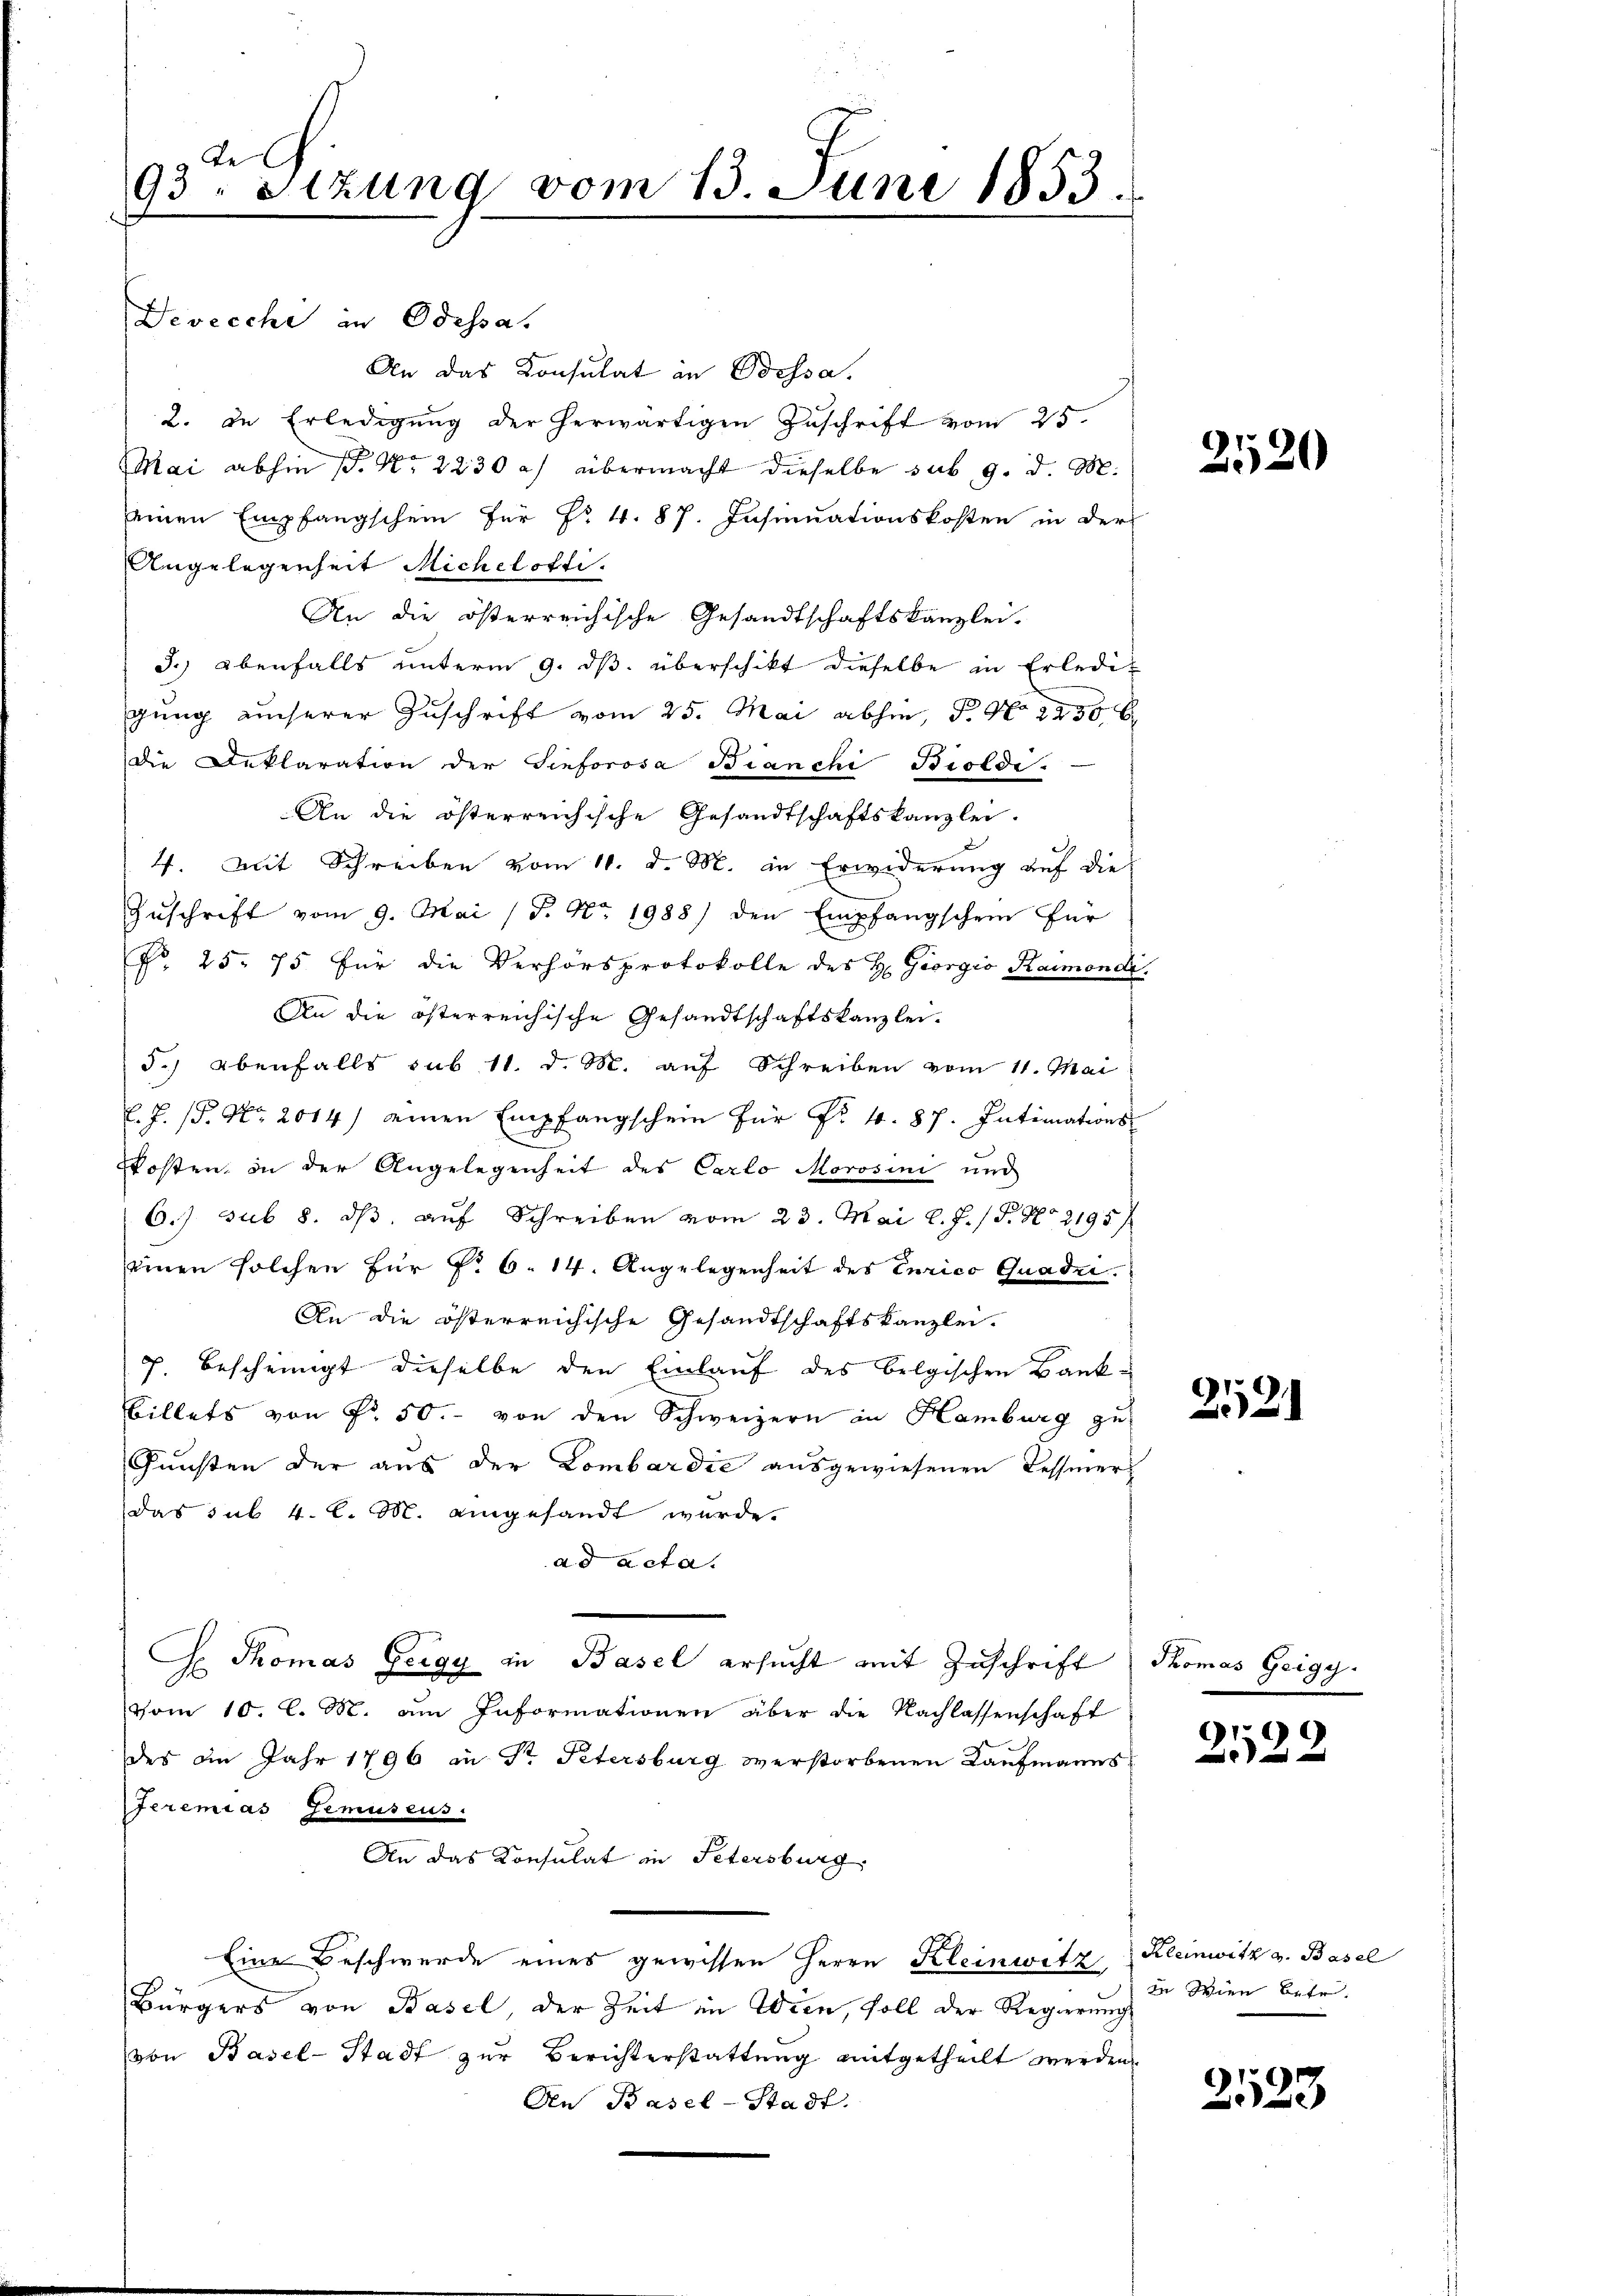
te
93. Sitzung vom 13. Juni 1853.

Devecche an Odessa.
An das Konsulat in Pressa.
2. In Erledigung der herwärtigen Zuschrift vom 25.
Mai abhin 1. No 2230 a) übermacht dieselbe sub 9. d. M.
seinen Empfangschein für No. 4. 87. Insinuationskosten in der
Angelegenheit Michelofti.
An die österreichische Gesandtschaftskanzlei.
J.) ebenfalls unterm 9. ds. überschikt dieselbe in Erledigung unserer Zuschrift vom 25. Mai abhin, P. No 2230 b
die Deklaration der Sinforosa Bianchi Biolde.
An die österreichische Gesandtschaftskanzlei.
4. Mit Schreiben vom 11. d. M. in Erwiderung auf die
Zŭschrift vom 9. Mai (S. Nr. 1988) den Empfangschein für
Nr. 25. 75 für die Verhörsprotokolle des H. Giorgio Raimondr.
An die österreichische Gesandtschaftskanzlei.
5.) ebenfalls sub. 11. d. M. auf Schreiben vom 11. Mai
l. J. P. Nr. 2014 / einen Empfangschein für Nr. 4. 87. Intimations
kosten, in der Angelegenheit des Carlo Morosini und
90.
6.J. sub 8. dβ aŭf Schreiben vom 23. Mai l. J. / 5. No 2195/
einen solchen für No 6. 14. Angelegenheit des Curico Quadii.
An die österreichische Gesandtschaftskanzlei.
p. Bescheinigt dieselbe den Einlauf des belgischen Bank-
Billets von Fr. 50. von den Schweizern in Hamburg zu
Funsten der aus der Lombardić ausgewiesenen Tessier
das sub. 4. l. M. eingesandt wurde.
ad acta.
G Thomas Zeigy in Basel ersucht mit Zuschrift Thomas Geigg.
vom 10. l. M. am Informationen über die Nachlassenschaft
des im Jahr 1796 in Sr. Petersburg verstorbenen Kaŭfmanns-
eremias Gemuseus.
An das Konsulat in Petersburg,
Eine Beschwerde eines gewissen Herrn Kleinwitz Kleinwitz v. Basel
Bürgers von Basel, der Zeit in Wien, soll der Regierung
von Basel-Stadt zur Berichterstattung mitgetheilt werden
An Basel-Stadt.

2520

1
21

2522

ia Wien betr.

9
e